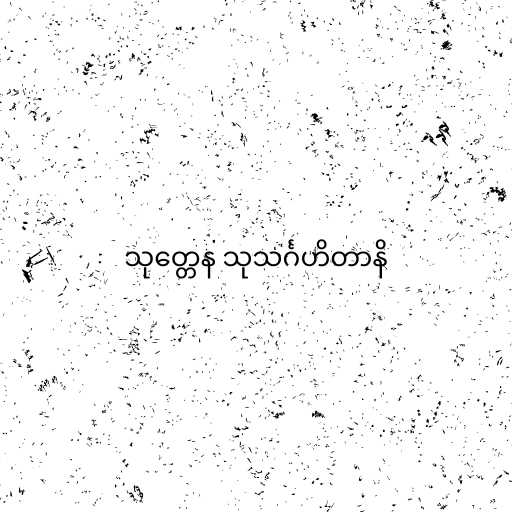
သုတ္တေန သုသင်္ဂဟိတာနိ